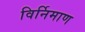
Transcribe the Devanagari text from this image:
विर्निमाण